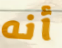
أنه